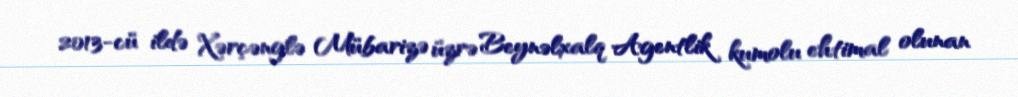
2013-cü ildə Xərçənglə Mübarizə üzrə Beynəlxalq Agentlik kumolu ehtimal olunan